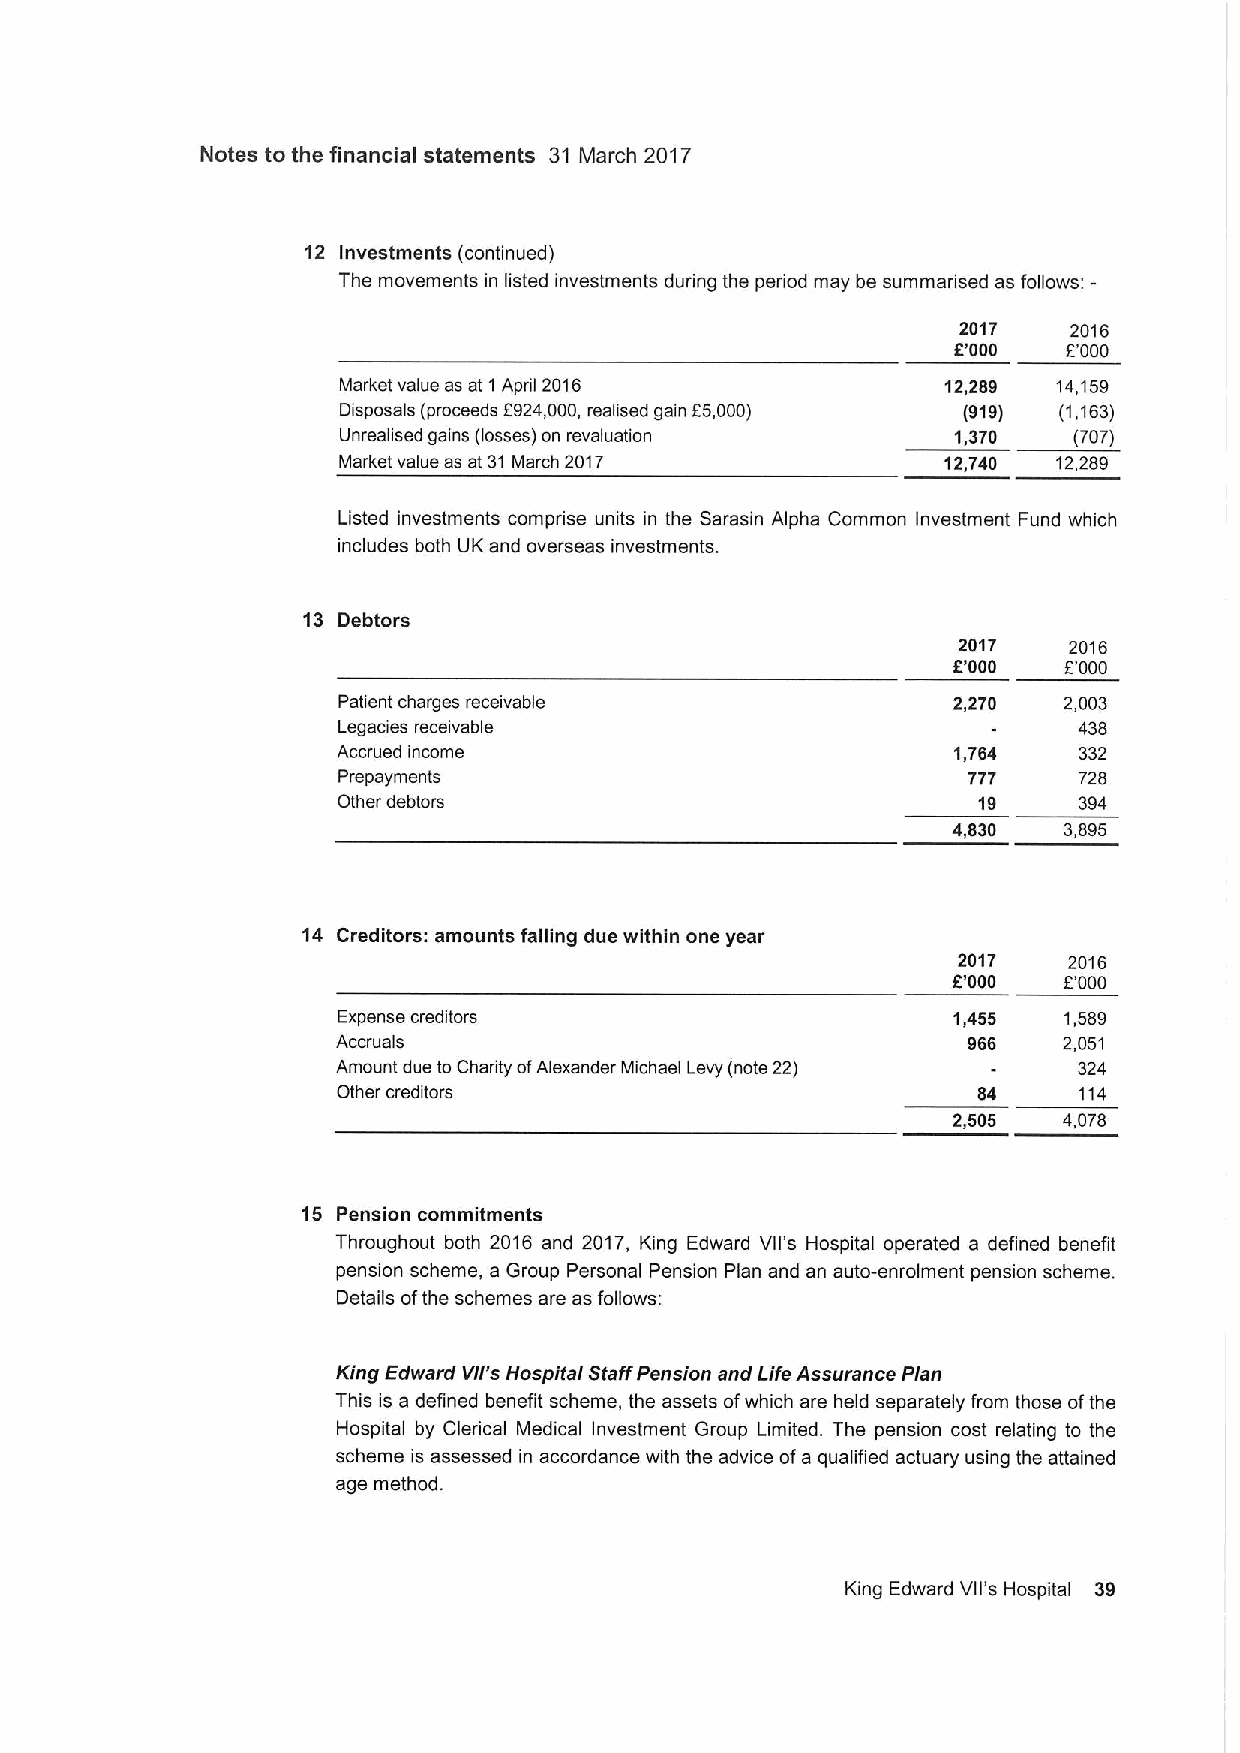
Notes to the financial statements 31 March 2017
 12 Investments (continued)
 The movements in listed investments during the period may be summarised as follows:
 2017   2016
 E'000   E'000
 Market value as at 1 April 2016          12,289 14,159
 Disposals (proceeds E924,000, realised gain E5,000) (919) (1,163)
 Unrealised gains (losses) on revaluation 1,370   (707)
 Market value as at 31 March 2017         12,740 12,289
 Listed investments comprise units in the Sarasin Alpha Common Investment Fund which
 includes both UK and overseas investments.
 13 Debtors
 2017    2016
 E'000  E000
 Patient charges receivable               2,270  2,003
 Legacies receivable                              438
 Accrued income                           1,764   332
 Prepayments                               777    728
 Other debtors                              19    394
 4,830  3,895
 14 Creditors: amounts falling due within one year
 2017    2016
 000   E000
 Expense creditors                        1,455  1,589
 Accruals                                  966   2,051
 Amount due tcCharity ofAlexander Michael Levy (note 22) 324
 Other creditors                            84    114
 2,505  4,078
 15 Pension commitments
 Throughout both 2016 and 2017, King Edward Vll's Hospital operated a defined benefit
 pension scheme, a Group Personal Pension Plan and an auto-enrolment pension scheme.
 Details ofthe schemes are as follows:
 King Edward Vll's Hospital StaffPension and Life Assurance Plan
 This is a defined benefit scheme, the assets ofwhich are held separately from those ofthe
 Hospital by Clerical Medical Investment Group Limited. The pension cost relating to the
 scheme is assessed in accordance with the advice ofa qualified actuary using the attained
 age method.
 King Edward Vll's Hospital 39